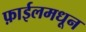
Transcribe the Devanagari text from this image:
फ़ाईलमधून